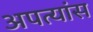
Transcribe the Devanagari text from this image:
अपत्यांस